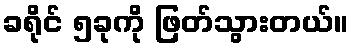
ခရိုင် ၅ခုကို ဖြတ်သွားတယ်။